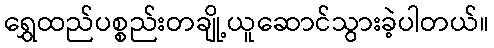
ရွှေထည်ပစ္စည်းတချို့ယူဆောင်သွားခဲ့ပါတယ်။